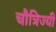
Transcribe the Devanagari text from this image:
चौत्रिज्यी